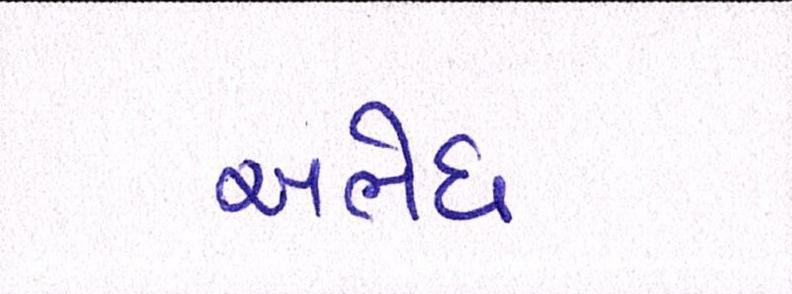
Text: અભેધ